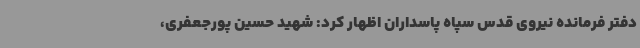
دفتر فرمانده نیروی قدس سپاه پاسداران اظهار کرد: شهید حسین پورجعفری،